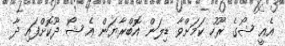
އެއީ ޝޯގެ ރޫހު ކަމަށްވާ ޑިލަން އޮބްރާޔަން އެ ޝޯ ދޫކޮށްފައި ދާ